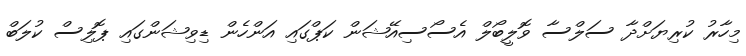
މިހާރު ކުރިޔަށްދާ ސަލްސާ ވޮލީބޯލް އެސޯސިއޭޝަން ކަޕްގައި އަންހެން ޑިވިޝަންގައި ޕޮލިސް ކުލަބް